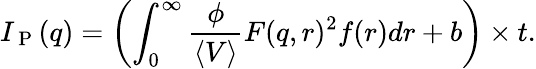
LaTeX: I_{\mathrm{~P~}}(q)=\left(\int_{0}^{\infty}\frac{\phi}{\langle V\rangle}F(q,r)^{2}f(r)dr+b\right)\times t.